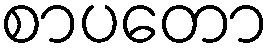
စာပတော